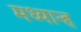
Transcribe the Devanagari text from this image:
मध्‍यान्‍ह